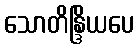
သောတိန္ဒြိယပေ